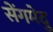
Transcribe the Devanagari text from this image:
सेंगमेदु